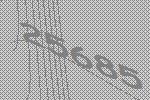
25685